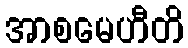
အာစမေဟီတိ